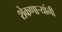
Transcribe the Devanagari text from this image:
शेकणार्‍यांनी